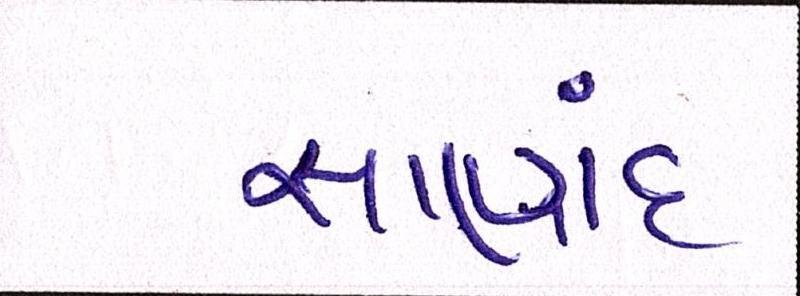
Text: સાણંદ